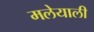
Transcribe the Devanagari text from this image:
मलेयाली